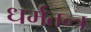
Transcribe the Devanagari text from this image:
धर्मतन्त्र